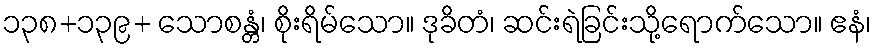
၁၃၈+၁၃၉+ သောစန္တံ၊ စိုးရိမ်သော။ ဒုခိတံ၊ ဆင်းရဲခြင်းသို့ရောက်သော။ ဧနံ၊